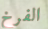
الفرخ